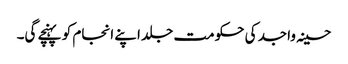
حسینہ واجد کی حکومت جلد اپنے انجام کو پہنچے گی۔